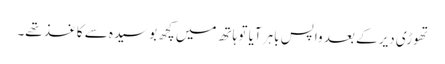
تھوڑی دیر کے بعد واپس باہر آیا تو ہاتھ میں کچھ بوسیدہ سے کاغذ تھے۔